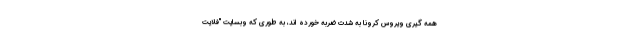
همه گیری ویروس کرونا به شدت ضربه خورده اند، به طوری که وبسایت "فلایت